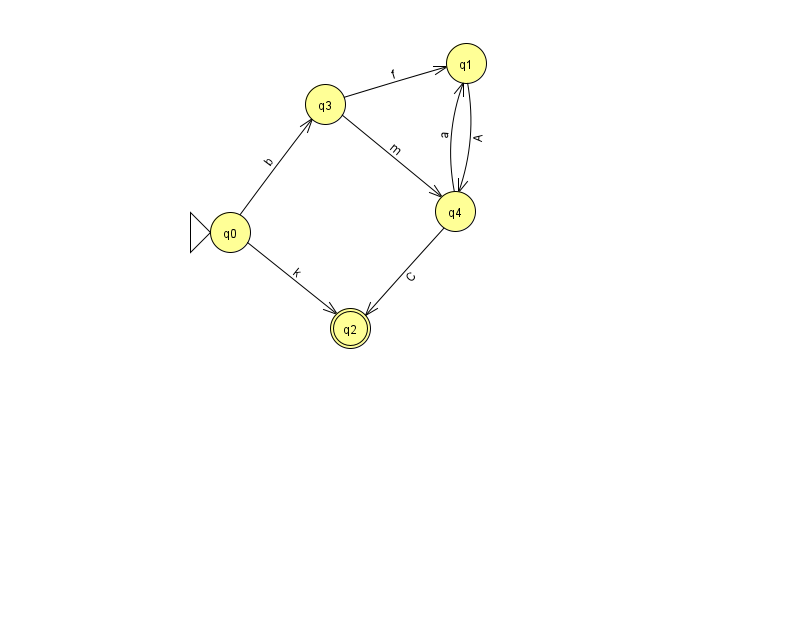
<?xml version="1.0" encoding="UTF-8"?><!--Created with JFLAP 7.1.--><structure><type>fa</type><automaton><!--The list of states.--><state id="0" name="q0"><x>230.0</x><y>219.0</y><initial/></state><state id="1" name="q1"><x>466.0</x><y>50.0</y></state><state id="2" name="q2"><x>350.0</x><y>315.0</y><final/></state><state id="3" name="q3"><x>325.0</x><y>91.0</y></state><state id="4" name="q4"><x>455.0</x><y>198.0</y></state><!--The list of transitions.--><transition><from>0</from><to>2</to><read>k</read></transition><transition><from>3</from><to>1</to><read>f</read></transition><transition><from>1</from><to>4</to><read>A</read></transition><transition><from>3</from><to>4</to><read>m</read></transition><transition><from>4</from><to>1</to><read>a</read></transition><transition><from>4</from><to>2</to><read>C</read></transition><transition><from>0</from><to>3</to><read>b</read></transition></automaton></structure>